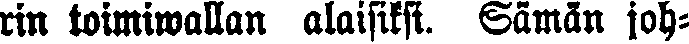
rin toimiwallan alaisiksi. Sämä joh-